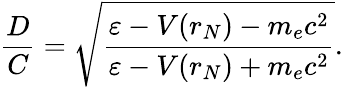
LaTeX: \frac{D}{C}=\sqrt{\frac{\varepsilon-V(r_{N})-m_{e}c^{2}}{\varepsilon-V(r_{N})+m_{e}c^{2}}}.